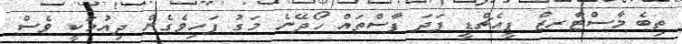
ތިބެ މާސްޓާރޒް ޕީއެޗްޑީ ފަދަ ފާސްތައް ހޯދޭނެ މަގު ފަހިވެގެން ދިއުމަކީ ވެސް